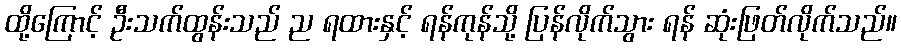
ထို့ကြောင့် ဦးသက်ထွန်းသည် ည ရထားနှင့် ရန်ကုန်သို့ ပြန်လိုက်သွား ရန် ဆုံးဖြတ်လိုက်သည်။